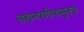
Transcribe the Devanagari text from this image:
लहानपणीपासूनच